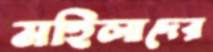
মহিলাদের